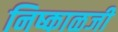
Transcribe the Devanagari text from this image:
निष्काळजी